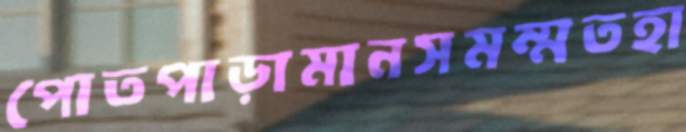
পোতপাড়ামানসমম্মতহা